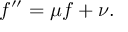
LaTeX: f ^ { \prime \prime } = \mu f + \nu .